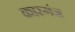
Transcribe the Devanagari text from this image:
कास्गंज